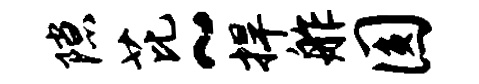
隙芘~捍舴圆